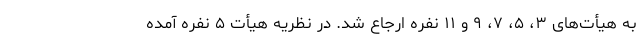
به هیأت‌های ۳، ۵، ۷، ۹ و ۱۱ نفره ارجاع شد. در نظریه هیأت ۵ نفره آمده